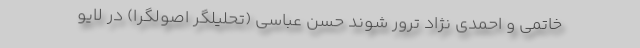
خاتمی و احمدی نژاد ترور شوند حسن عباسی (تحلیلگر اصولگرا) در لایو